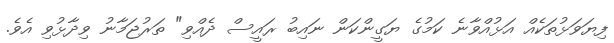
ފިޔަވަޅުތަކެއް އަޅުއްވާނެ ކަމުގެ ޔަގީންކަން ނައިބު ރައީސް ދެއްވި" ތަރުޖަމާނު ވިދާޅުވި އެވެ.